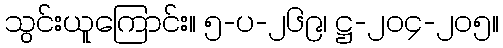
သွင်းယူကြောင်း။ ၅-ပ-၂၆၉၊ ဋ္ဌ-၂၀၄-၂၀၅။